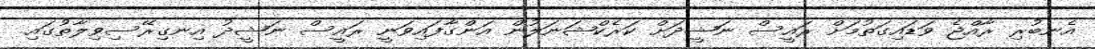
އެނބުރި ރާއްޖެ ވަޑައިގަތުމަށް ރައީސް ނަޝީދަށް ކަރެކްޝަނަލުން އަންގާފައިވަނީ ރައީސް ނަޝީދު އިނގިރޭސިވިލާތުގައި